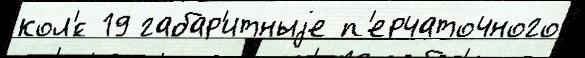
кол'́с 19 габар'итныjе п'ерчаточного